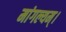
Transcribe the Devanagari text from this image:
मांगल्यम्।